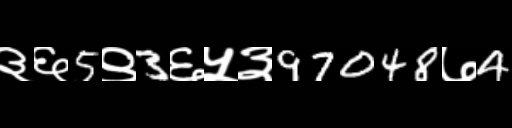
Text: ३६5९3६५३97048७4